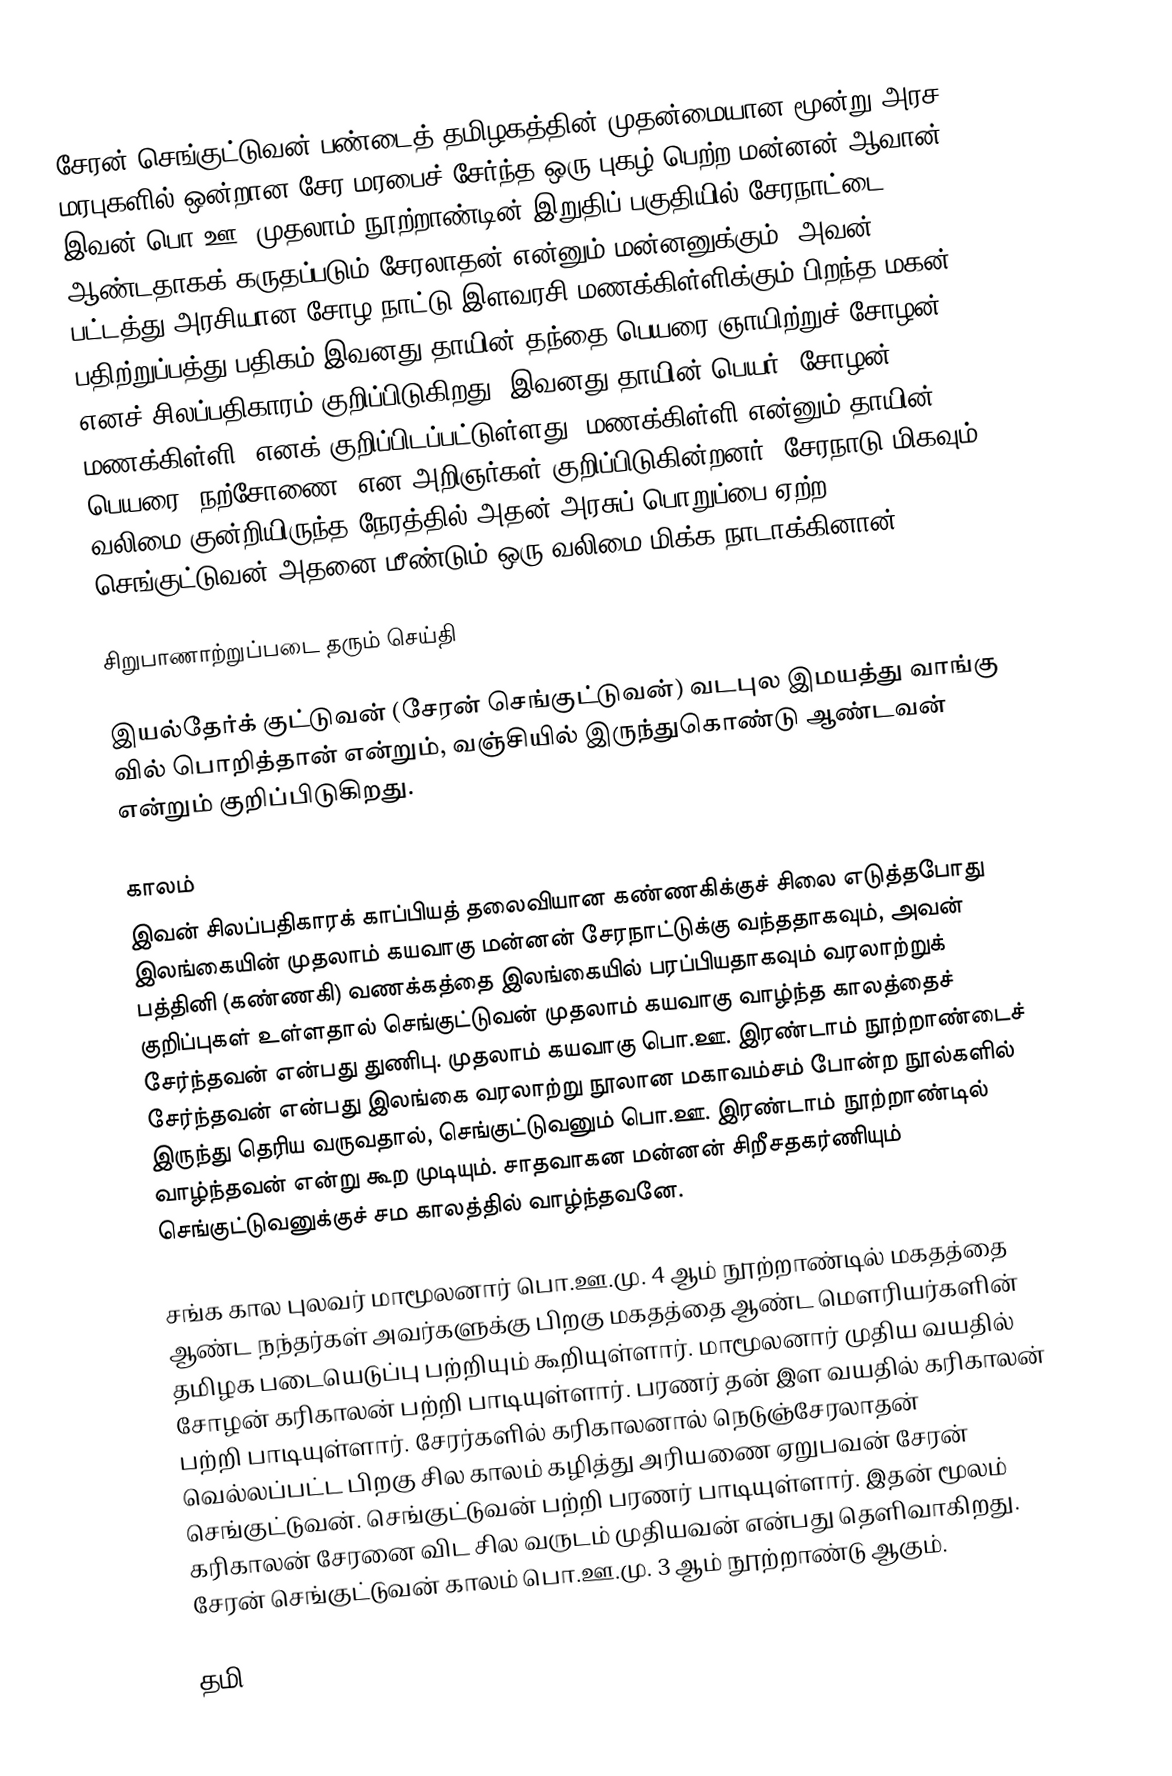
சேரன் செங்குட்டுவன் பண்டைத் தமிழகத்தின் முதன்மையான மூன்று அரச மரபுகளில் ஒன்றான சேர மரபைச் சேர்ந்த ஒரு புகழ் பெற்ற மன்னன் ஆவான். இவன் பொ.ஊ. முதலாம் நூற்றாண்டின் இறுதிப் பகுதியில் சேரநாட்டை ஆண்டதாகக் கருதப்படும் சேரலாதன் என்னும் மன்னனுக்கும், அவன் பட்டத்து அரசியான சோழ நாட்டு இளவரசி  மணக்கிள்ளிக்கும் பிறந்த மகன். பதிற்றுப்பத்து பதிகம் இவனது தாயின் தந்தை பெயரை ஞாயிற்றுச் சோழன் எனச் சிலப்பதிகாரம் குறிப்பிடுகிறது. இவனது தாயின் பெயர் 'சோழன் மணக்கிள்ளி' எனக் குறிப்பிடப்பட்டுள்ளது. மணக்கிள்ளி என்னும் தாயின் பெயரை 'நற்சோணை' என அறிஞர்கள் குறிப்பிடுகின்றனர். சேரநாடு மிகவும் வலிமை குன்றியிருந்த நேரத்தில் அதன் அரசுப் பொறுப்பை ஏற்ற செங்குட்டுவன் அதனை மீண்டும் ஒரு வலிமை மிக்க நாடாக்கினான்.

சிறுபாணாற்றுப்படை தரும் செய்தி

இயல்தேர்க் குட்டுவன் (சேரன் செங்குட்டுவன்) வடபுல இமயத்து வாங்கு வில் பொறித்தான் என்றும், வஞ்சியில் இருந்துகொண்டு ஆண்டவன் என்றும் குறிப்பிடுகிறது.

காலம்
இவன் சிலப்பதிகாரக் காப்பியத் தலைவியான கண்ணகிக்குச் சிலை எடுத்தபோது இலங்கையின் முதலாம் கயவாகு மன்னன் சேரநாட்டுக்கு வந்ததாகவும், அவன் பத்தினி (கண்ணகி) வணக்கத்தை இலங்கையில் பரப்பியதாகவும் வரலாற்றுக் குறிப்புகள் உள்ளதால் செங்குட்டுவன் முதலாம் கயவாகு வாழ்ந்த காலத்தைச் சேர்ந்தவன் என்பது துணிபு. முதலாம் கயவாகு பொ.ஊ. இரண்டாம் நூற்றாண்டைச் சேர்ந்தவன் என்பது இலங்கை வரலாற்று நூலான மகாவம்சம் போன்ற நூல்களில் இருந்து தெரிய வருவதால், செங்குட்டுவனும் பொ.ஊ. இரண்டாம் நூற்றாண்டில் வாழ்ந்தவன் என்று கூற முடியும். சாதவாகன மன்னன் சிறீசதகர்ணியும் செங்குட்டுவனுக்குச் சம காலத்தில் வாழ்ந்தவனே.

சங்க கால புலவர் மாமூலனார் பொ.ஊ.மு. 4 ஆம் நூற்றாண்டில் மகதத்தை ஆண்ட நந்தர்கள் அவர்களுக்கு பிறகு மகதத்தை ஆண்ட மௌரியர்களின் தமிழக படையெடுப்பு பற்றியும் கூறியுள்ளார். மாமூலனார்  முதிய வயதில் சோழன் கரிகாலன் பற்றி பாடியுள்ளார். பரணர் தன் இள வயதில் கரிகாலன் பற்றி பாடியுள்ளார். சேரர்களில் கரிகாலனால் நெடுஞ்சேரலாதன் வெல்லப்பட்ட பிறகு சில காலம் கழித்து அரியணை ஏறுபவன் சேரன் செங்குட்டுவன். செங்குட்டுவன் பற்றி பரணர் பாடியுள்ளார். இதன் மூலம்  கரிகாலன் சேரனை விட சில வருடம் முதியவன் என்பது தெளிவாகிறது. சேரன் செங்குட்டுவன் காலம் பொ.ஊ.மு. 3 ஆம் நூற்றாண்டு ஆகும்.

தமி